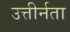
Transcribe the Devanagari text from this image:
उत्तीर्नता